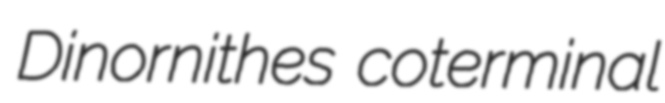
Dinornithes coterminal